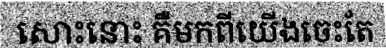
សោះនោះ គឺមកពីយើងចេះតែ